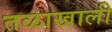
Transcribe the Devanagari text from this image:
तळाखाली